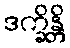
ဒက္ခိန္တိ